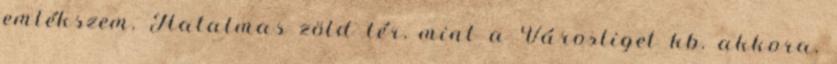
emlékszem. Hatalmas zöld tér, mint a Városliget kb. akkora.